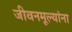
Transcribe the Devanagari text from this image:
जीवनमूल्यांना